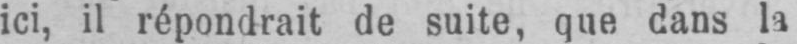
ici, il répondrait de suite, que dans la